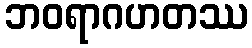
ဘဝရာဂဟတဿ